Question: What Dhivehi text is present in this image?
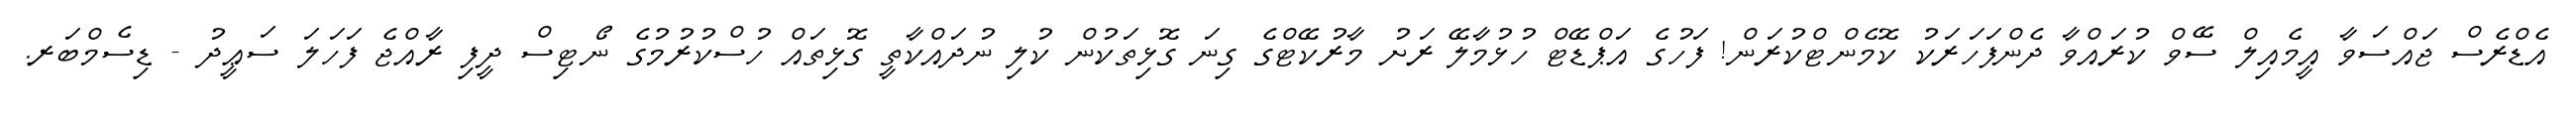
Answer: އެޑްރެސް ޖައްސަވާ އީމެއިލް ސޭވް ކުރައްވާ ދެންފަހަރަކު ކޮމެންޓްކުރަން! ފަހުގެ އަޕްޑޭޓް ހުޅުމާލޭ ރަށު މާރުކޭޓްގެ ގިނަ ގޮޅިތަކުން ކުލި ނުދައްކާތީ ގޮޅިތައް ހުސްކުރުމުގެ ނޯޓިސް ދީފި ރާއްޖެ ފަހަލަ ސަޢީދު - ޑިސެމްބަރ.